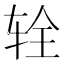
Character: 辁